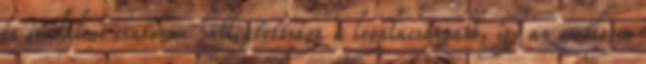
és irodalmi csatorna hallgatottsága a legalacsonyabb, így az esetleges